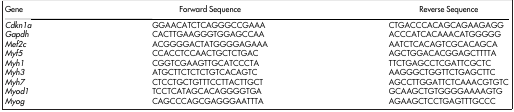
<table><thead><tr><td><b>Gene</b></td><td><b>Forward Sequence</b></td><td><b>Reverse Sequence</b></td></tr></thead><tbody><tr><td><i>Cdkn1a</i></td><td>GGAACATCTCAGGGCCGAAA</td><td>CTGACCCACAGCAGAAGAGG</td></tr><tr><td><i>Gapdh</i></td><td>CACTTGAAGGGTGGAGCCAA</td><td>ACCCATCACAAACATGGGGG</td></tr><tr><td><i>Mef2c</i></td><td>ACGGGGACTATGGGGAGAAA</td><td>AATCTCACAGTCGCACAGCA</td></tr><tr><td><i>Myf5</i></td><td>CCACCTCCAACTGCTCTGAC</td><td>AGCTGGACACGGAGCTTTTA</td></tr><tr><td><i>Myh1</i></td><td>CGGTCGAAGTTGCATCCCTA</td><td>TTCTGAGCCTCGATTCGCTC</td></tr><tr><td><i>Myh3</i></td><td>ATGCTTCTCTCTGTCACAGTC</td><td>AAGGGCTGGTTCTGAGCTTC</td></tr><tr><td><i>Myh7</i></td><td>CTCCTGCTGTTTCCTTACTTGCT</td><td>AGCCTTGGATTCTCAAACGTGTC</td></tr><tr><td><i>Myod1</i></td><td>TCCTCATAGCACAGGGGTGA</td><td>GCAAGCTGTGGGGAAAAGTG</td></tr><tr><td><i>Myog</i></td><td>CAGCCCAGCGAGGGAATTTA</td><td>AGAAGCTCCTGAGTTTGCCC</td></tr></tbody></table>